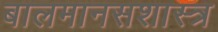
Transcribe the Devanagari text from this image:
बालमानसशास्त्र